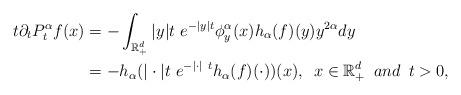
LaTeX: \begin{align*} t\partial_t P_t^\alpha f(x)&= -\int_{\mathbb R_+^d} |y|t\ e^{-|y|t} \phi_y^\alpha(x)h_\alpha (f)(y) y^{2\alpha}dy\\&=- h_\alpha(|\cdot| t\ e^{-|\cdot|\ t}h_\alpha(f)(\cdot))(x),\,\,\,x\in \mathbb{R}_+^d\,\,\, and\,\,\, t>0,\end{align*}